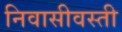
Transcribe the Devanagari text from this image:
निवासीवस्ती